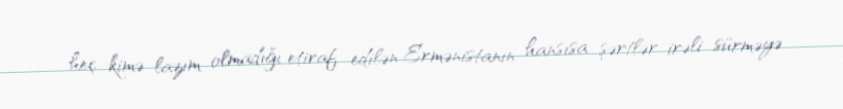
heç kimə lazım olmadığı etiraf edilən Ermənistanın hansısa şərtlər irəli sürməyə